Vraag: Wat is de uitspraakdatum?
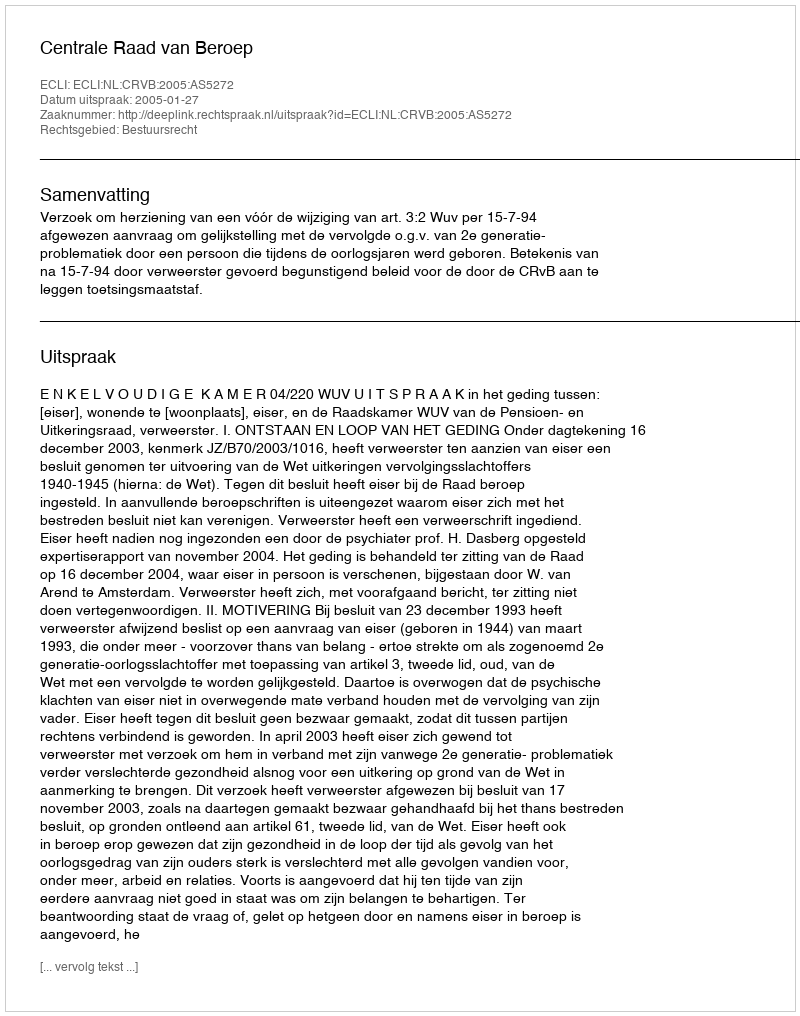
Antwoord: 2005-01-27